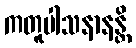
ကတူပါသနာနန္တိ